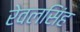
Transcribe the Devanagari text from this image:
रेवलसिंह